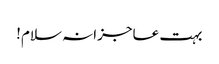
بہت عاجزانہ سلام!